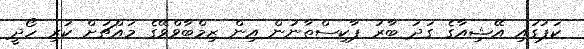
ކަޕުގައި އޭޝިއާގެ ގަދަ ބާރު ޕާކިސްތާނުން އިން ޒިމްބާވްވޭގެ މައްޗަށް ކުރި ހޯދީ